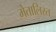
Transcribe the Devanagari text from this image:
मेतालिस्त